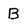
Character: B